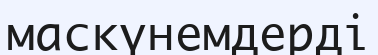
маскүнемдерді